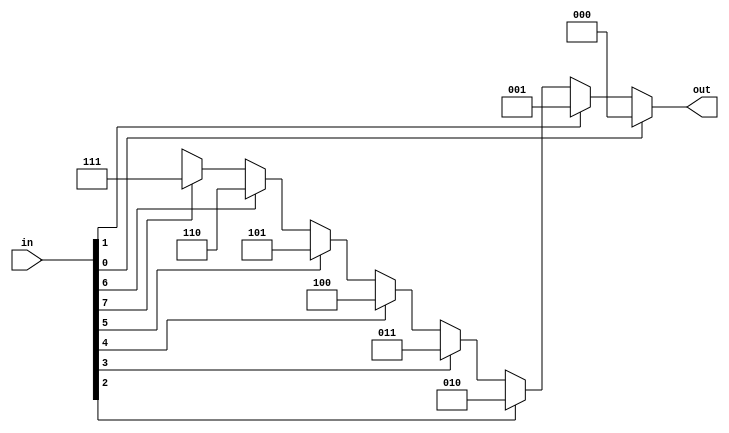
// 8 to 3 priority encoder with bit 0 having highest priority
module priority_encoder (in, out);
input [7:0] in;
output reg [2:0] out;

always @ (*)
begin
    if(in[0]) out = 3'b000;
    else if(in[1]) out = 3'b001;
    else if(in[2]) out = 3'b010;
    else if(in[3]) out = 3'b011;
    else if(in[4]) out = 3'b100;
    else if(in[5]) out = 3'b101;
    else if(in[6]) out = 3'b110;
    else if(in[7]) out = 3'b111;
    else out = 3'bXXX;
end
    
endmodule